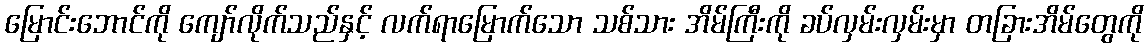
မြောင်းဘောင်ကို ကျော်လိုက်သည်နှင့် လက်ရာမြောက်သော သစ်သား အိမ်ကြီးကို ခပ်လှမ်းလှမ်းမှာ တခြားအိမ်တွေကို